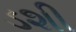
ડશી